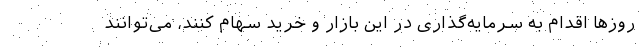
روزها اقدام به سرمایه‌گذاری در این بازار و خرید سهام کنند، می‌توانند